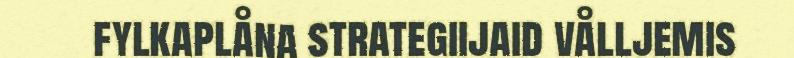
fylkaplåna strategiijaid vålljemis